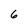
Character: 6